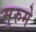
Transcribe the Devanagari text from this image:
मुरुमे